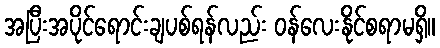
အပြီးအပိုင်ရောင်းချပစ်ရန်လည်း ဝန်လေးနိုင်စရာမရှိ။